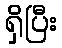
ရှိပြီး